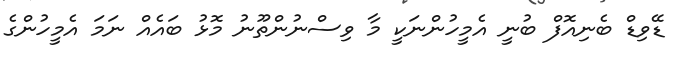
ޑޭވިޑް ބެނިއޮފް ބުނީ އެމީހުންނަކީ މާ ވިސްނުންތޫނު މޮޅު ބައެއް ނަމަ އެމީހުންގެ